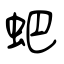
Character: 蚆